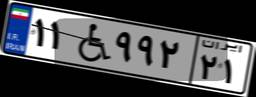
۴۰W۴۷۰۲۹